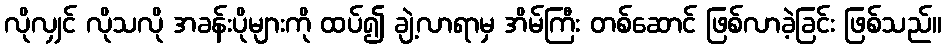
လိုလျှင် လိုသလို အခန်းပိုများကို ထပ်၍ ချဲ့လာရာမှ အိမ်ကြီး တစ်ဆောင် ဖြစ်လာခဲ့ခြင်း ဖြစ်သည်။